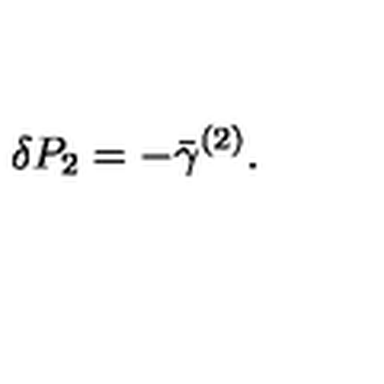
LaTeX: \delta P _ { 2 } = - \bar { \gamma } ^ { ( 2 ) } .